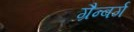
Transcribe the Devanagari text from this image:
ग्रैन्बर्ग